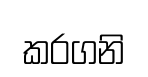
කරගනි